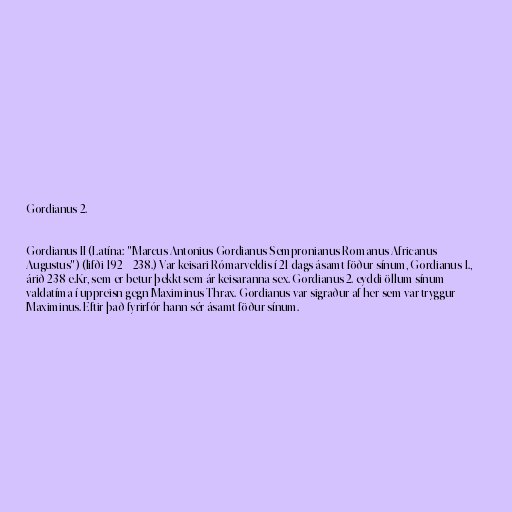
Gordianus 2.

Gordianus II (Latína: "Marcus Antonius Gordianus Sempronianus Romanus Africanus
Augustus") (lifði 192 – 238.) Var keisari Rómarveldis í 21 dags ásamt föður sínum, Gordianus 1.,
árið 238 e.Kr, sem er betur þekkt sem ár keisaranna sex. Gordianus 2. eyddi öllum sínum
valdatíma í uppreisn gegn Maximinus Thrax. Gordianus var sigraður af her sem var tryggur
Maximinus. Eftir það fyrirfór hann sér ásamt föður sínum.